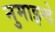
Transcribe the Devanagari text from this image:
नुमाइन्दे